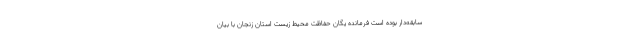
سابقه‌دار بوده است فرمانده یگان حفاظت محیط زیست استان زنجان با بیان